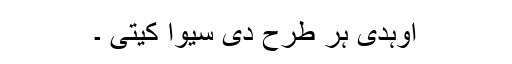
اوہدی ہر طرح دی سیوا کیتی ۔